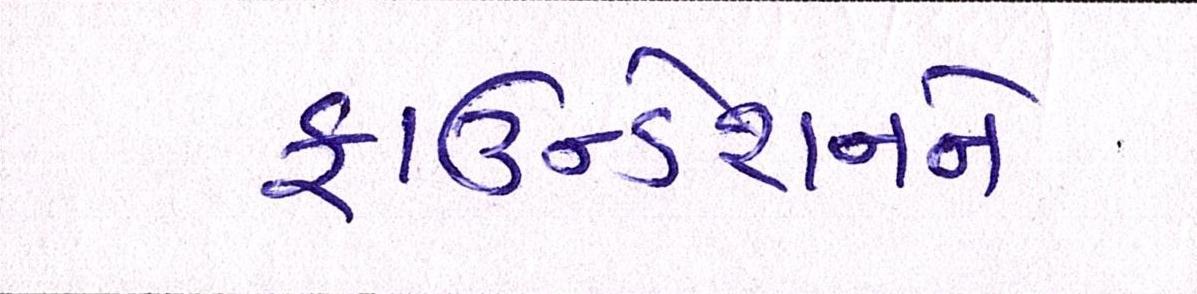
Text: ફાઉન્ડેશનને